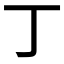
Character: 丁